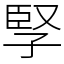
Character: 孯